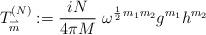
LaTeX: \begin{align*}T_{\stackrel{\rightharpoonup}{m}}^{(N)} := \frac{iN}{4\pi M}\ \omega^{\frac{1}{2}\,m_{1}m_{2}} g^{m_{1}} h^{m_{2}}\end{align*}